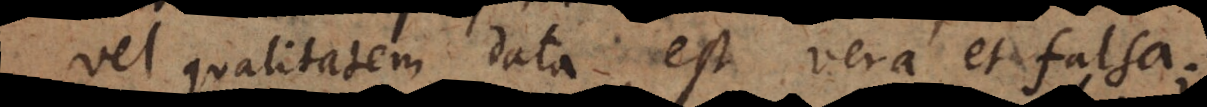
vel qualitatem data, est vera et falsa;